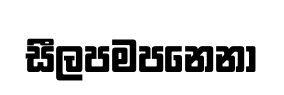
සීලපමපනෙනා